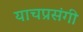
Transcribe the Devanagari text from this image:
याचप्रसंगी